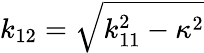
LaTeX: k_{12}=\sqrt{k_{11}^{2}-\kappa^{2}}